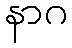
နာဂ